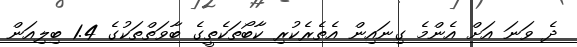
ދެ ވަނަ އަށް އެންމެ ގިނައިން އެތެރެކުރި ކާބޯތަކެތީގެ ބާވަތްތަކުގެ 1.4 ބިލިއަން